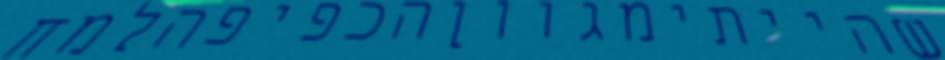
שהייתימגווןהכפיפהלמח